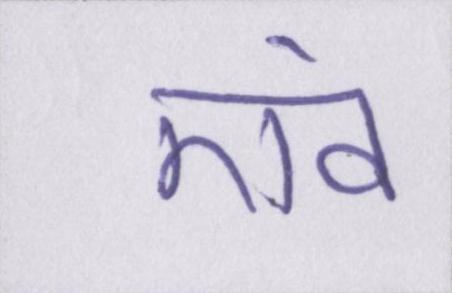
एवं